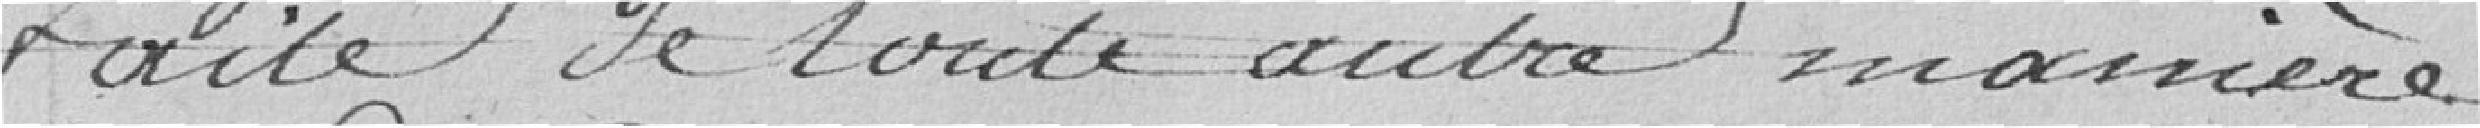
faite de toute autre manière.